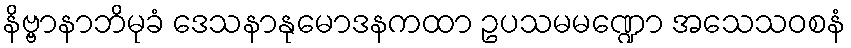
နိဗ္ဗာနာဘိမုခံ ဒေသနာနုမောဒနကထာ ဥပသမမဏ္ဍော အသေသဝစနံ